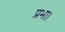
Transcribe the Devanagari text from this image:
प्रभा।